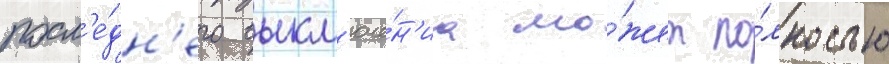
посл'е́дн'его выкл'юче́н'иа мо́жет по́лностью